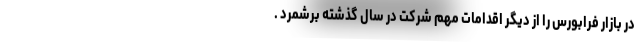
در بازار فرابورس را از دیگر اقدامات مهم شرکت در سال گذشته برشمرد .